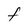
Character: F